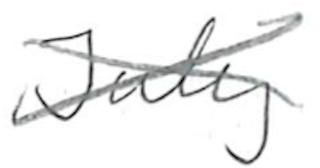
Text: July
Cross-out: cross
Writing tool: pencil